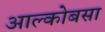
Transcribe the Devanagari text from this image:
आल्कोबसा